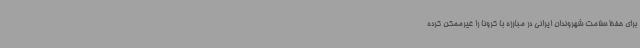
برای حفظ سلامت شهروندان ایرانی در مبارزه با کرونا را غیرممکن کرده